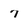
Character: 7